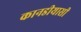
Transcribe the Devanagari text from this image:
कानडीयासी